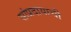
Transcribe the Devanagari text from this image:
सांप्रदायाची